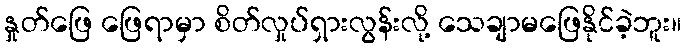
နှုတ်ဖြေ ဖြေရာမှာ စိတ်လှုပ်ရှားလွန်းလို့ သေချာမဖြေနိုင်ခဲ့ဘူး။